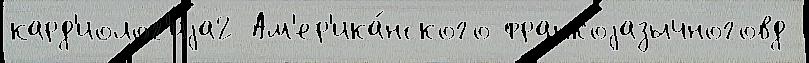
кард'иолог'иjа2 Ам'ер'ика́нского франкоjазычноговд